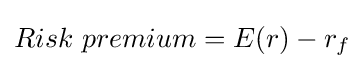
Risk\ premium=E(r)-r_{f}